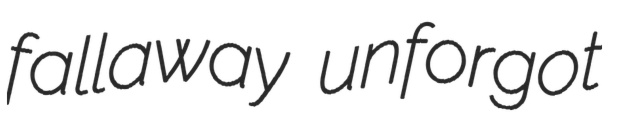
fallaway unforgot